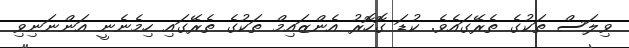
ވިލަސް ތަކުގެ ތެރޭގައެވެ. ކުޑަ ގޮހޮރު އެންޒައިމް ތަކުގެ ތެރޭގައި ހިމެނެނީ އަންނަނިވި